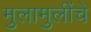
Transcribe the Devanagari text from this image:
मुलामुलींचे